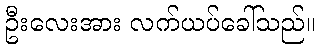
ဦးလေးအား လက်ယပ်ခေါ်သည်။